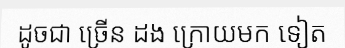
ដូចជា ច្រើន ដង ក្រោយមក ទៀត